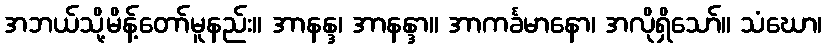
အဘယ်သို့မိန့်တော်မူနည်း။ အာနန္ဒ၊ အာနန္ဒာ။ အာကင်္ခမာနော၊ အလိုရှိသော်။ သံဃော၊